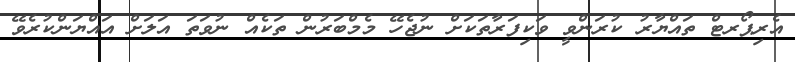
އެރިޕޯރޓް ތައްޔާރު ކުރަންވީ ވަކިފަރާތަކަށް ނުޖެހޭ މެމްބަރުން ތަކެއް ނުވަތަ އަލަށް އައްޔަންކުރެވޭ